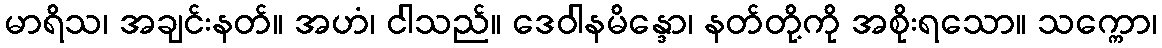
မာရိသ၊ အချင်းနတ်။ အဟံ၊ ငါသည်။ ဒေဝါနမိန္ဒော၊ နတ်တို့ကို အစိုးရသော။ သက္ကော၊